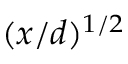
( x / d ) ^ { 1 / 2 }